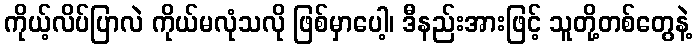
ကိုယ့်လိပ်ပြာလဲ ကိုယ်မလုံသလို ဖြစ်မှာပေါ့၊ ဒီနည်းအားဖြင့် သူတို့တစ်တွေနဲ့